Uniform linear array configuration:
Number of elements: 4
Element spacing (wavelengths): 0.5
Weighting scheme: cosine
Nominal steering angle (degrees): -30
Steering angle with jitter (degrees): -28.505
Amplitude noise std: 0.05
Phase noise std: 0.05

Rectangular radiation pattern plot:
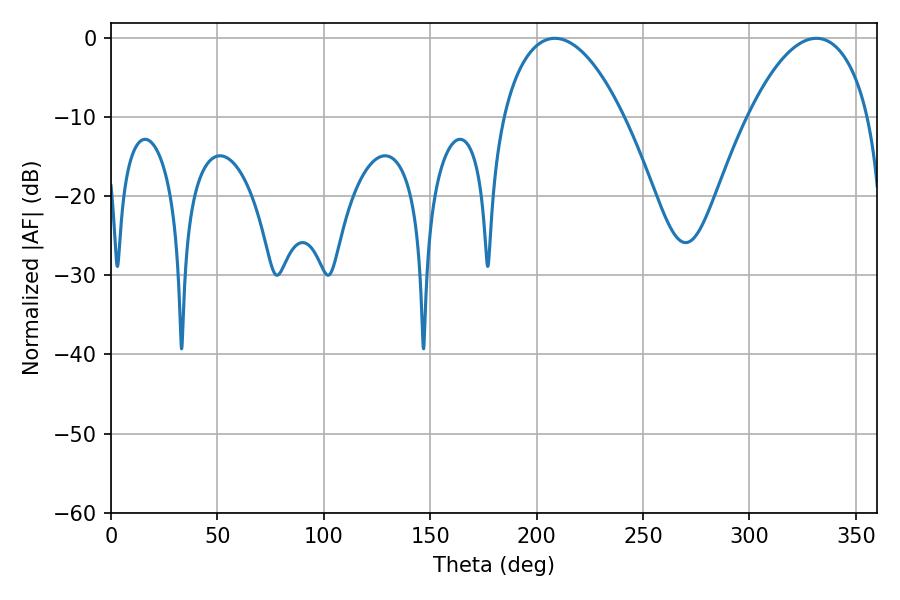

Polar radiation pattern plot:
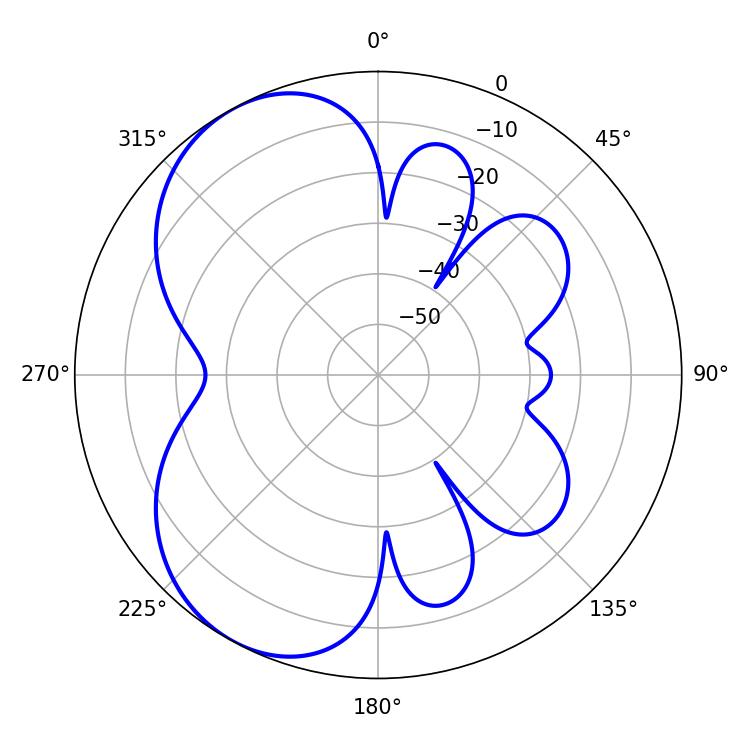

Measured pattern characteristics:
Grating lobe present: FALSE
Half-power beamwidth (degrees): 31.68
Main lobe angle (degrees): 331.38